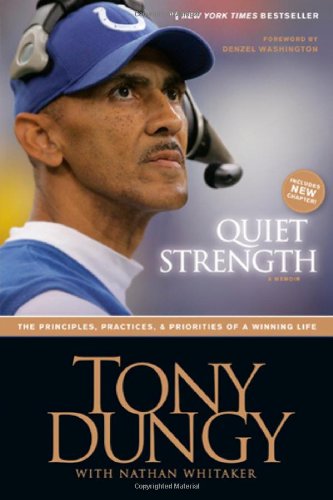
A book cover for Quiet Strength: The Principles, Practices, and Priorities of a Winning Life; Tony Dungy; Biographies & Memoirs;